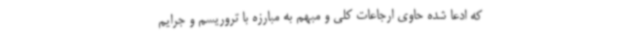
که ادعا شده حاوی ارجاعات کلی و مبهم به مبارزه با تروریسم و جرایم